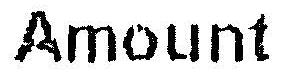
AMOUNT